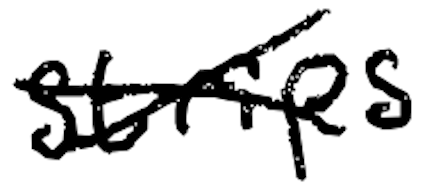
Text: strips
Cross-out: cross
Writing tool: digital_black